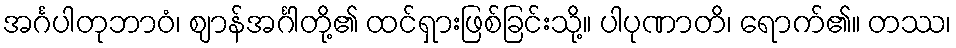
အင်္ဂပါတုဘာဝံ၊ ဈာန်အင်္ဂါတို့၏ ထင်ရှားဖြစ်ခြင်းသို့။ ပါပုဏာတိ၊ ရောက်၏။ တဿ၊